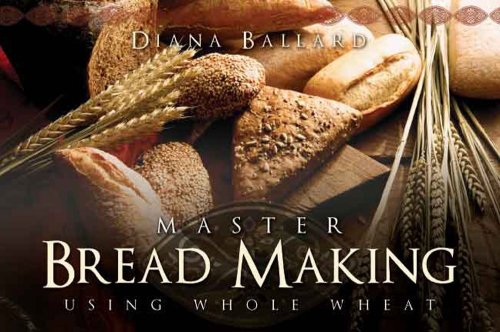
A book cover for Master Bread Making Using Whole Wheat; Diana Ballard; Cookbooks, Food & Wine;